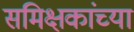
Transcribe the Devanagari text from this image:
समिक्षकांच्या